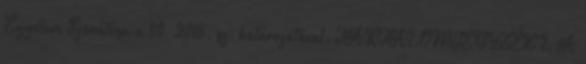
Egyetem Szenátusa a 30 2015. sz. határozatával. TARTALOMJEGYZÉK I. A